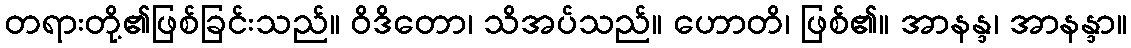
တရားတို့၏ဖြစ်ခြင်းသည်။ ဝိဒိတော၊ သိအပ်သည်။ ဟောတိ၊ ဖြစ်၏။ အာနန္ဒ၊ အာနန္ဒာ။